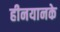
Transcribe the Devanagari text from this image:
हीनयानके